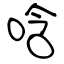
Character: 唅